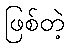
ဖြစ်တဲ့